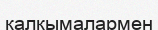
қалқымалармен